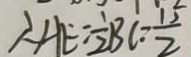
\therefore A E = \frac { 1 } { 2 } B C = \frac { 1 5 } { 2 }